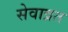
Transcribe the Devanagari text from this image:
सेवाव्रत